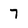
Character: 7